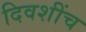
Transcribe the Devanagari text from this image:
दिवशींच